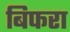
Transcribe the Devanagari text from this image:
बिफरा